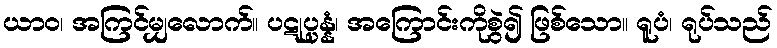
ယာဝ၊ အကြင်မျှလောက်။ ပဋုပ္ပန္နံ၊ အကြောင်းကိုစွဲ၍ ဖြစ်သော။ ရူပံ၊ ရုပ်သည်